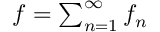
\textstyle f = \sum _ { n = 1 } ^ { \infty } f _ { n }